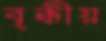
বৃক্কীয়